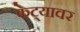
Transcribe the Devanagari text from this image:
फेट्यावर